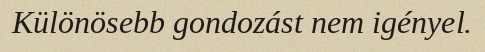
Különösebb gondozást nem igényel.